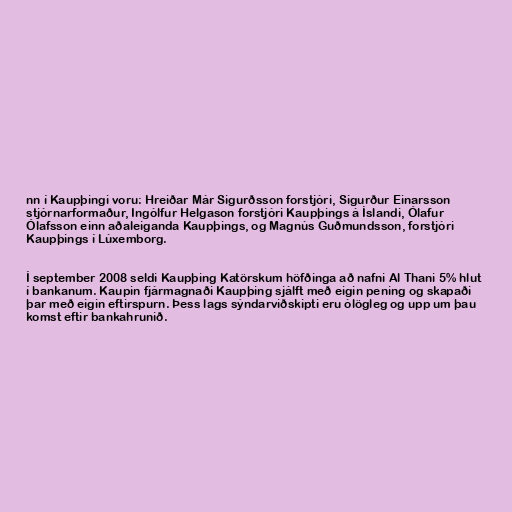
nn í Kaupþingi voru: Hreiðar Már Sigurðsson forstjóri, Sigurður Einarsson
stjórnarformaður, Ingólfur Helgason forstjóri Kaupþings á Íslandi, Ólafur
Ólafsson einn aðaleiganda Kaupþings, og Magnús Guðmundsson, forstjóri
Kaupþings í Lúxemborg.

Í september 2008 seldi Kaupþing Katörskum höfðinga að nafni Al Thani 5% hlut
í bankanum. Kaupin fjármagnaði Kaupþing sjálft með eigin pening og skapaði
þar með eigin eftirspurn. Þess lags sýndarviðskipti eru ólögleg og upp um þau
komst eftir bankahrunið.